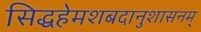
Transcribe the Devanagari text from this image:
सिद्धहेमशबदानुशासनम्